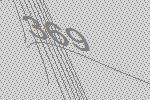
369